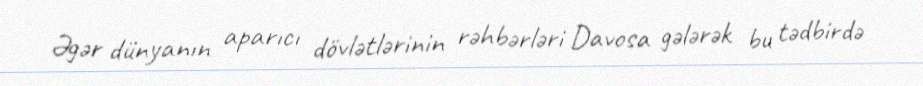
Əgər dünyanın aparıcı dövlətlərinin rəhbərləri Davosa gələrək bu tədbirdə